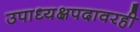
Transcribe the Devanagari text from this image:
उपाध्यक्षपदावरही